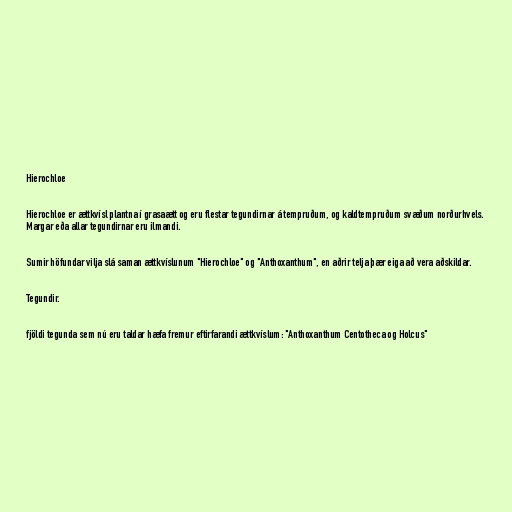
Hierochloe

Hierochloe er ættkvísl plantna í grasaætt og eru flestar tegundirnar á tempruðum, og kaldtempruðum svæðum norðurhvels.
Margar eða allar tegundirnar eru ilmandi.

Sumir höfundar vilja slá saman ættkvíslunum "Hierochloe" og "Anthoxanthum", en aðrir telja þær eiga að vera aðskildar.

Tegundir.

fjöldi tegunda sem nú eru taldar hæfa fremur eftirfarandi ættkvíslum: "Anthoxanthum Centotheca og Holcus"